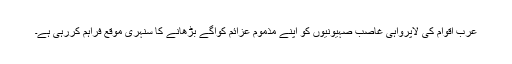
عرب اقوام کی لاپرواہی غاصب صہیونیوں کو اپنے مذموم عزائم کوآگے بڑھانے کا سنہری موقع فراہم کررہی ہے۔